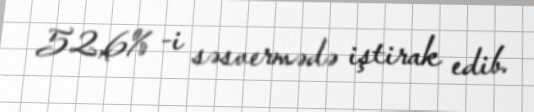
52,6% -i səsvermədə iştirak edib.